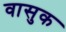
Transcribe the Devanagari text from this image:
वासुक